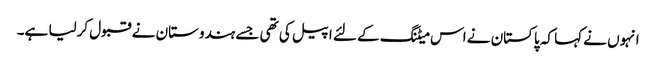
انہوں نے کہا کہ پاکستان نے اس میٹنگ کے لئے اپیل کی تھی جسے ہندوستان نے قبول کرلیا ہے۔